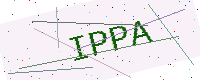
Text: IPPA